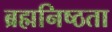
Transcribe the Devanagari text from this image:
ब्रह्मनिष्ठता